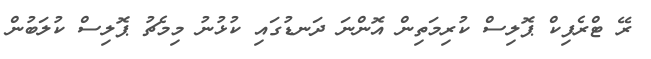
ރޭ ޓްރެފިކް ޕޮލިސް ކުރިމަތިން އޮންނަ ދަނޑުގައި ކުޅުނު މިމެޗު ޕޮލިސް ކުލަބުން